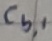
Text: Cb,1